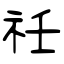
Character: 祍